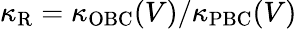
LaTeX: \kappa_{\mathrm{R}}=\kappa_{\mathrm{OBC}}(V)/\kappa_{\mathrm{PBC}}(V)